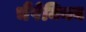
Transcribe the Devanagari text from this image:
चैंपेनियन